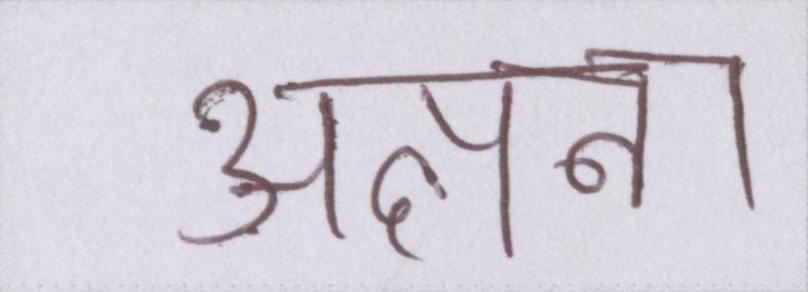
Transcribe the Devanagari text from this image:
अल्पना